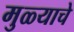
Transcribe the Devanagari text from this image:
मुळ्याचे